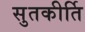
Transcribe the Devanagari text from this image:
सुतकीर्ति